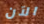
الآن